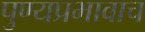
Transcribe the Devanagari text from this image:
पुण्यप्रभावाच